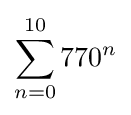
\sum _{n=0}^{10}770^{n}